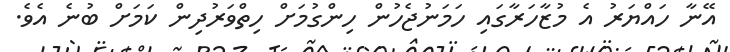
އޭނާ ހައްޔަރު އެ މުޒާހަރާގައި ހަމަނުޖެހުން ހިންގުމަށް ހިތްވަރުދިން ކަމަށް ބުނެ އެވެ.